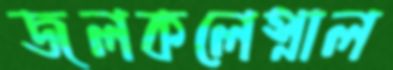
জলকলেস্নাল